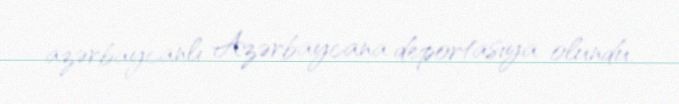
azərbaycanlı Azərbaycana deportasiya olundu.